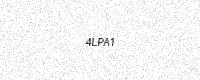
Text: 4LPA1